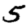
Digit: 5